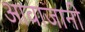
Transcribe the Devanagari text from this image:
आवाजानी